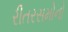
રીતરસમોનો